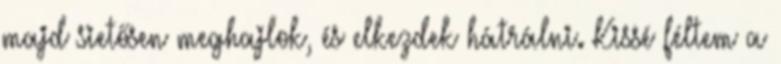
majd sietősen meghajlok, és elkezdek hátrálni. Kissé féltem a